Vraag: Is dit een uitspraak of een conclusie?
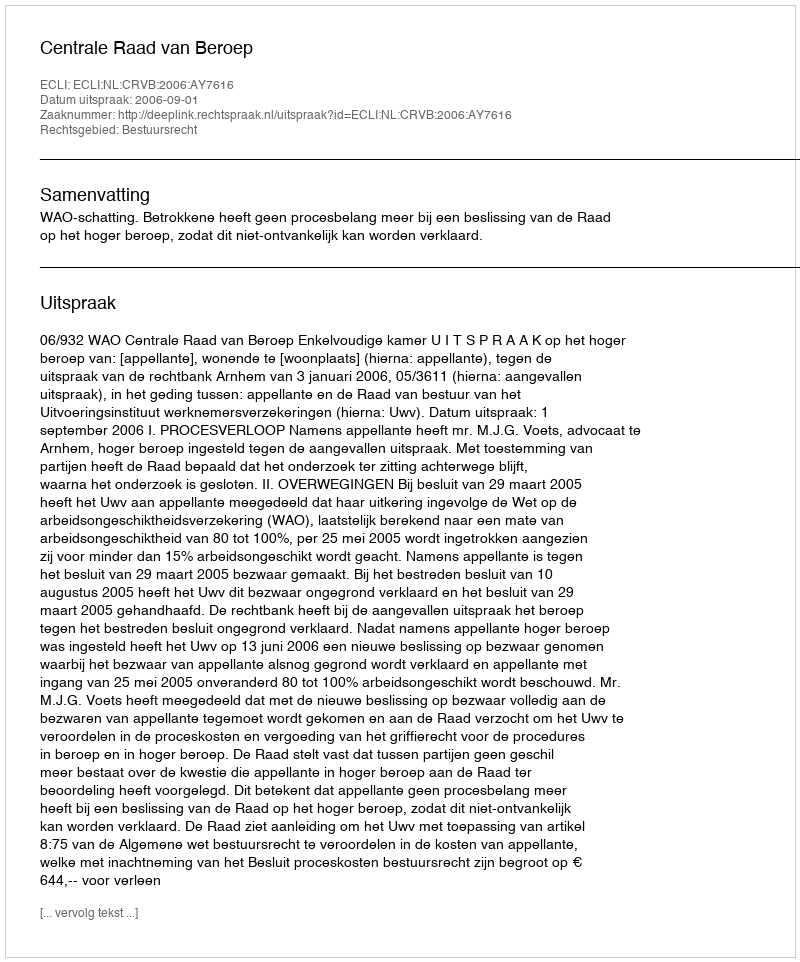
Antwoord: Uitspraak